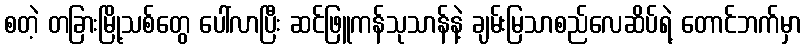
စတဲ့ တခြားမြို့သစ်တွေ ပေါ်လာပြီး ဆင်ဖြူကန်သုသာန်နဲ့ ချမ်းမြသာစည်လေဆိပ်ရဲ့ တောင်ဘက်မှာ